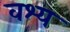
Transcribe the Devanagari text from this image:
वश्य